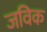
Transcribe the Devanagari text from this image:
जविक